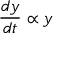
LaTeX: { \frac { d y } { d t } } \propto y